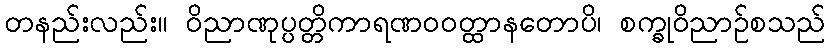
တနည်းလည်း။ ဝိညာဏုပ္ပတ္တိကာရဏဝဝတ္ထာနတောပိ၊ စက္ခုဝိညာဉ်စသည်